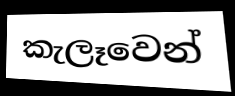
කැලෑවෙන්